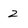
Character: 2